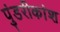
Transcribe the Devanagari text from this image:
पुंडरीकांश